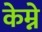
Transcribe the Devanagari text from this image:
केम्ने